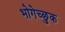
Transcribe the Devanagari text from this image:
भोगेच्छुक